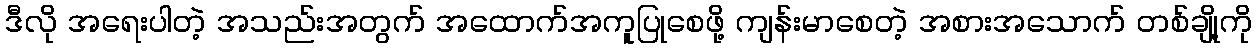
ဒီလို အရေးပါတဲ့ အသည်းအတွက် အထောက်အကူပြုစေဖို့ ကျန်းမာစေတဲ့ အစားအသောက် တစ်ချို့ကို